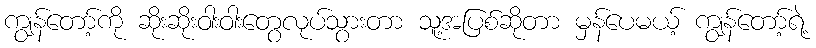
ကျွန်တော့်ကို ဆိုးဆိုးဝါးဝါးတွေလုပ်သွားတာ သူ့အပြစ်ဆိုတာ မှန်ပေမယ့် ကျွန်တော့်ရဲ့